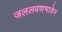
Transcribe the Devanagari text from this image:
जललवणभावेन